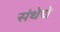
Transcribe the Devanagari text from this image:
संथेचे